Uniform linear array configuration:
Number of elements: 64
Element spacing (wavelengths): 0.75
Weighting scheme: exponential
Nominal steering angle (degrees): -30
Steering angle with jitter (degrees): -30.493
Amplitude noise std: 0.05
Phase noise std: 0.05

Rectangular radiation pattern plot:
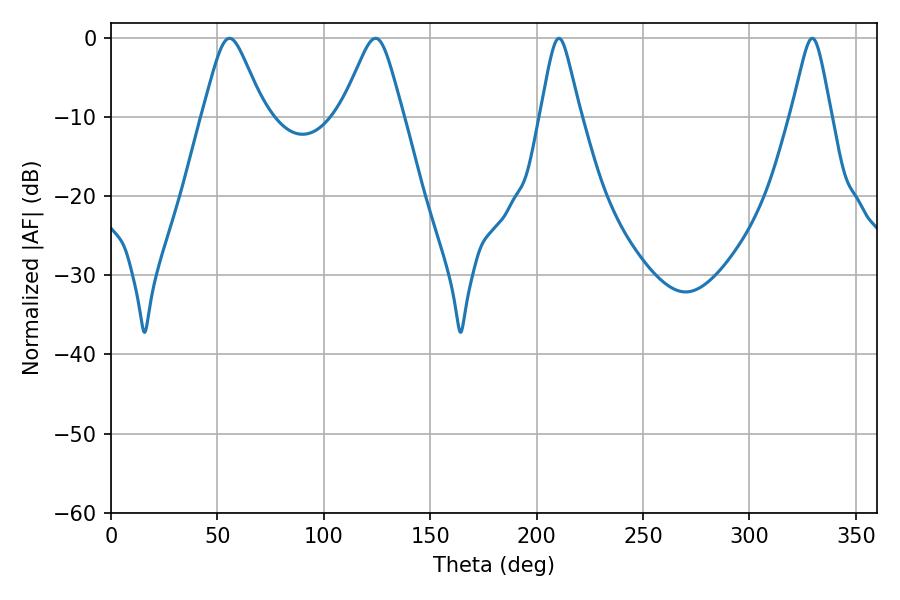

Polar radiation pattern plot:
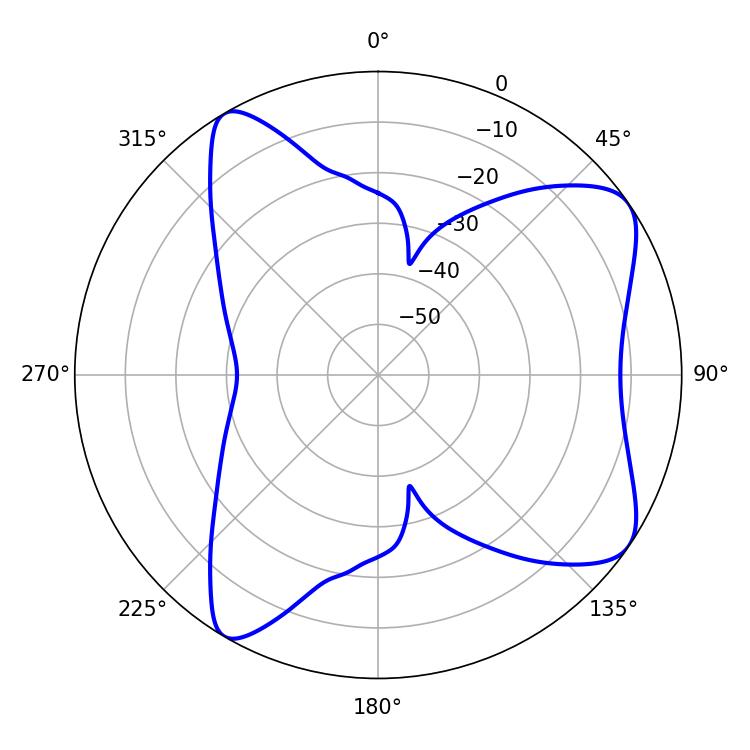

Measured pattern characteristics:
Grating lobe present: TRUE
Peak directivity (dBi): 8.001
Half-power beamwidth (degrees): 13.86
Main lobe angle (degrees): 55.62